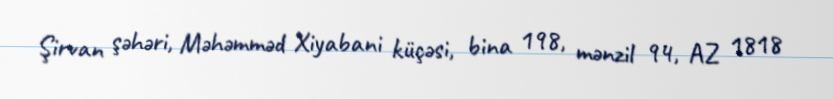
Şirvan şəhəri, Məhəmməd Xiyabani küçəsi, bina 198, mənzil 94, AZ 1818